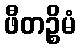
ဖီတဉ္စိမံ